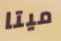
ميتا